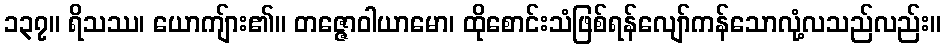
၁၃၇။ ရိသဿ၊ ယောကျ်ား၏။ တဇ္ဇောဝါယာမော၊ ထိုစောင်းသံဖြစ်ရန်လျော်ကန်သောလုံ့လသည်လည်း။